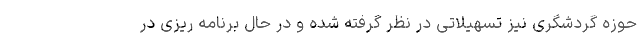
حوزه گردشگری نیز تسهیلاتی در نظر گرفته شده و در حال برنامه ریزی در